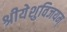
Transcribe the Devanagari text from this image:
श्रीयेशुविजयम्